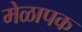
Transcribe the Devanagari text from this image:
मेळापक